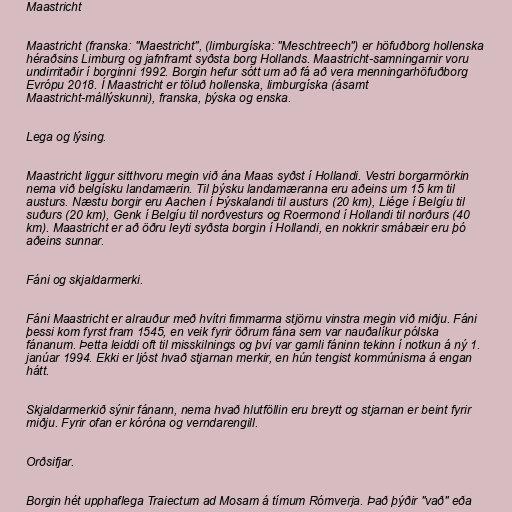
Maastricht

Maastricht (franska: "Maestricht", (limburgíska: "Meschtreech") er höfuðborg hollenska
héraðsins Limburg og jafnframt syðsta borg Hollands. Maastricht-samningarnir voru
undirritaðir í borginni 1992. Borgin hefur sótt um að fá að vera menningarhöfuðborg
Evrópu 2018. Í Maastricht er töluð hollenska, limburgíska (ásamt
Maastricht-mállýskunni), franska, þýska og enska.

Lega og lýsing.

Maastricht liggur sitthvoru megin við ána Maas syðst í Hollandi. Vestri borgarmörkin
nema við belgísku landamærin. Til þýsku landamæranna eru aðeins um 15 km til
austurs. Næstu borgir eru Aachen í Þýskalandi til austurs (20 km), Liége í Belgíu til
suðurs (20 km), Genk í Belgíu til norðvesturs og Roermond í Hollandi til norðurs (40
km). Maastricht er að öðru leyti syðsta borgin í Hollandi, en nokkrir smábæir eru þó
aðeins sunnar.

Fáni og skjaldarmerki.

Fáni Maastricht er alrauður með hvítri fimmarma stjörnu vinstra megin við miðju. Fáni
þessi kom fyrst fram 1545, en veik fyrir öðrum fána sem var nauðalíkur pólska
fánanum. Þetta leiddi oft til misskilnings og því var gamli fáninn tekinn í notkun á ný 1.
janúar 1994. Ekki er ljóst hvað stjarnan merkir, en hún tengist kommúnisma á engan
hátt.

Skjaldarmerkið sýnir fánann, nema hvað hlutföllin eru breytt og stjarnan er beint fyrir
miðju. Fyrir ofan er kóróna og verndarengill.

Orðsifjar.

Borgin hét upphaflega Traiectum ad Mosam á tímum Rómverja. Það þýðir "vað" eða